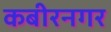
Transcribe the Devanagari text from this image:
कबीरनगर